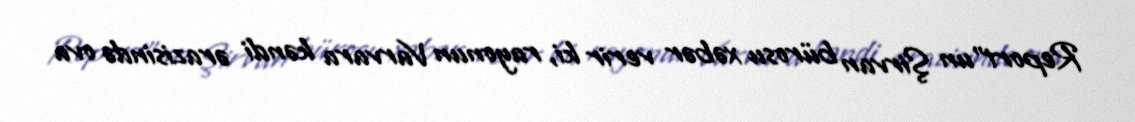
Report”un Şirvan bürosu xəbər verir ki, rayonun Varvara kəndi ərazisində ova